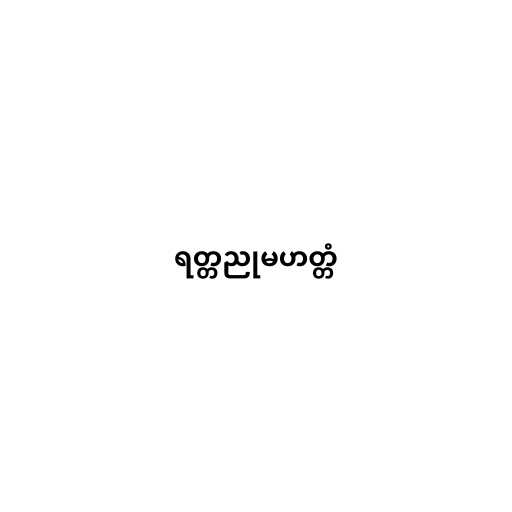
ရတ္တညုမဟတ္တံ